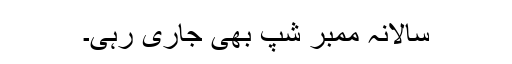
سالانہ ممبر شپ بھی جاری رہی۔